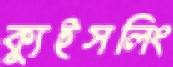
ক্যুইসলিং